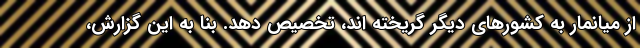
از میانمار به کشورهای دیگر گریخته اند، تخصیص دهد. بنا به این گزارش،